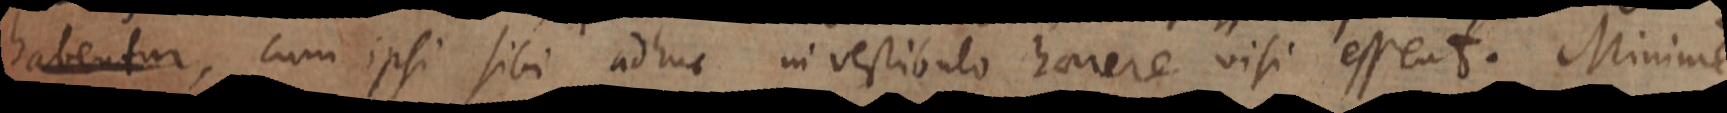
habentur,, cum ipsi sibi adhuc in vestibulo haerere visi essent. Minime